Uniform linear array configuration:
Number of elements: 24
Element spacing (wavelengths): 1
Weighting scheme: kaiser
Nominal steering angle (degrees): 0
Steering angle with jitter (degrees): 0.7426
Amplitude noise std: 0.05
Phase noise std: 0.05

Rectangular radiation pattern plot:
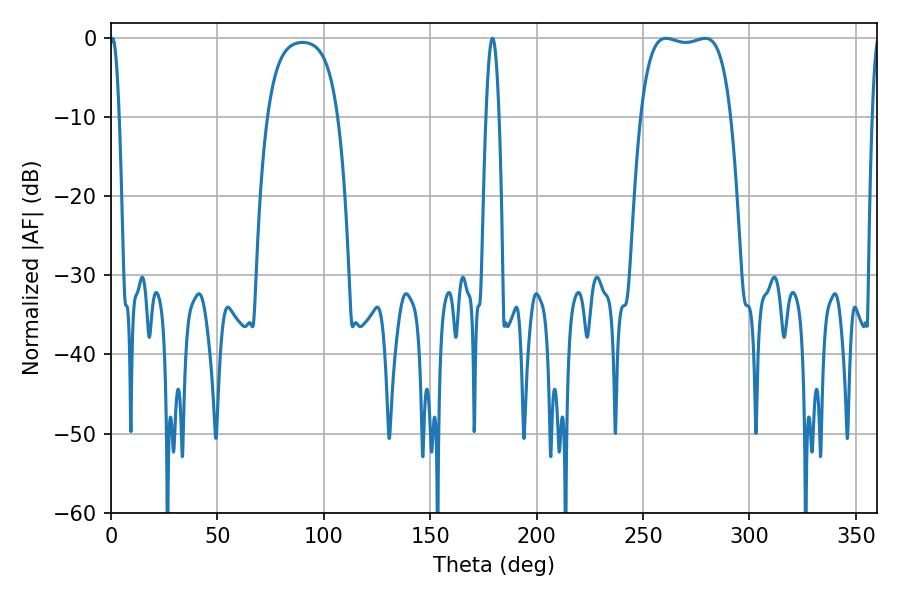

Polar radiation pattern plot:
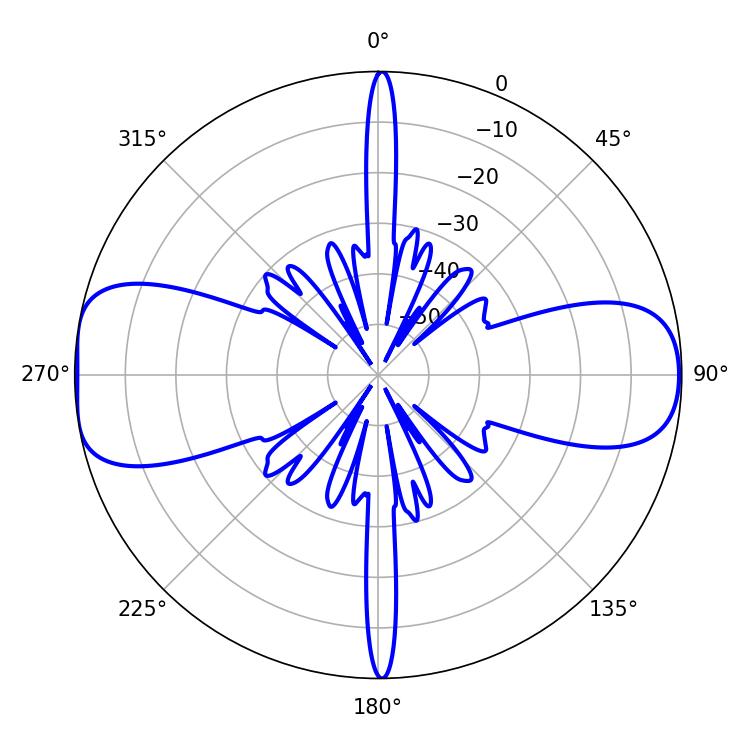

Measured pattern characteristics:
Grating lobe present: TRUE
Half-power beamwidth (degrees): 33.84
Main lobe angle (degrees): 260.82